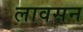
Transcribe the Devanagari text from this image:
लावसन